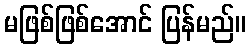
မဖြစ်ဖြစ်အောင် ပြန်မည်။